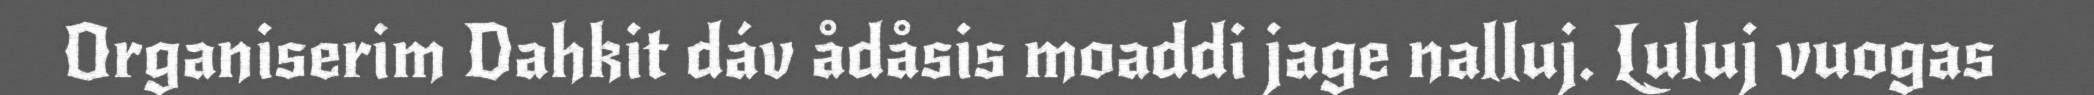
Organiserim Dahkit dáv ådåsis moaddi jage nalluj. Luluj vuogas